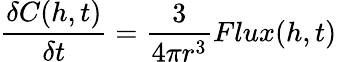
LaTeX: \frac{\delta C(h,t)}{\delta t}=\frac{3}{4\pi r^{3}}Flux(h,t)